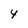
Character: 4